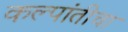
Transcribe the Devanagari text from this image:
कल्पांतीचा